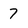
Character: 7